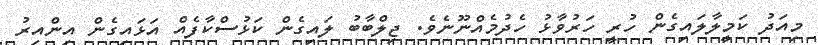
މިއަދު ކަމީލާލައިގެން ހުރީ ހަރުވާޅު ހެދުމެއްނޫނެވެ. ޖިލްބާބު ލައިގެން ކަޅުސްކާފެއް އަޅައިގެން އިންއިރު